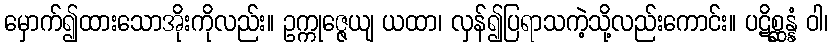
မှောက်၍ထားသောအိုးကိုလည်း။ ဥက္ကုဇ္ဇေယျ ယထာ၊ လှန်၍ပြရာသကဲ့သို့လည်းကောင်း။ ပဋိစ္ဆန္နံ ဝါ၊